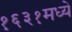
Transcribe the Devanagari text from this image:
१६३१मध्ये